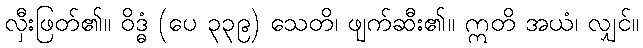
လှီးဖြတ်၏။ ဝိဒ္ဓံ (ပေ ၃၃၉) သေတိ၊ ဖျက်ဆီး၏။ ဣတိ အယံ၊ လျှင်။